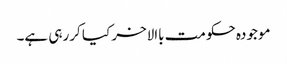
موجودہ حکومت باالاخر کیا کررہی ہے۔